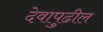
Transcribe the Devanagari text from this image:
देवापुढील